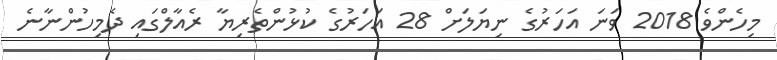
މިހެންވެ 2018 ވަނަ އަހަރުގެ ނިޔަލަށް 28 އަހަރުގެ ކުޅުންތެރިޔާ ރެއާލްގައި ދެމިހުންނާނެ